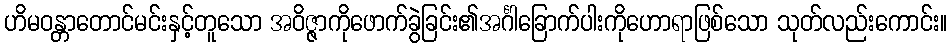
ဟိမဝန္တာတောင်မင်းနှင့်တူသော အဝိဇ္ဇာကိုဖောက်ခွဲခြင်း၏အင်္ဂါခြောက်ပါးကိုဟောရာဖြစ်သော သုတ်လည်းကောင်း။